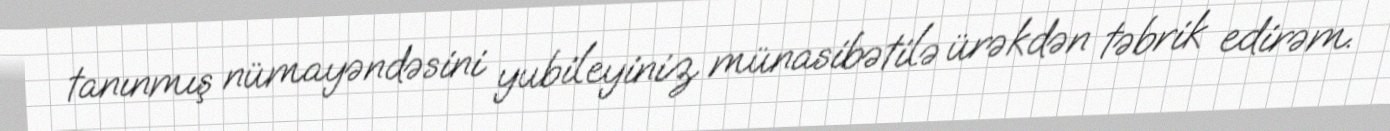
tanınmış nümayəndəsini yubileyiniz münasibətilə ürəkdən təbrik edirəm.